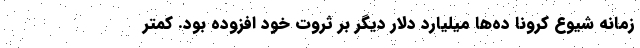
زمانه شیوع کرونا ده‌ها میلیارد دلار دیگر بر ثروت خود افزوده بود. کمتر